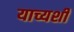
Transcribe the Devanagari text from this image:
याच्यशी